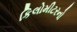
કિલોમીટરનો